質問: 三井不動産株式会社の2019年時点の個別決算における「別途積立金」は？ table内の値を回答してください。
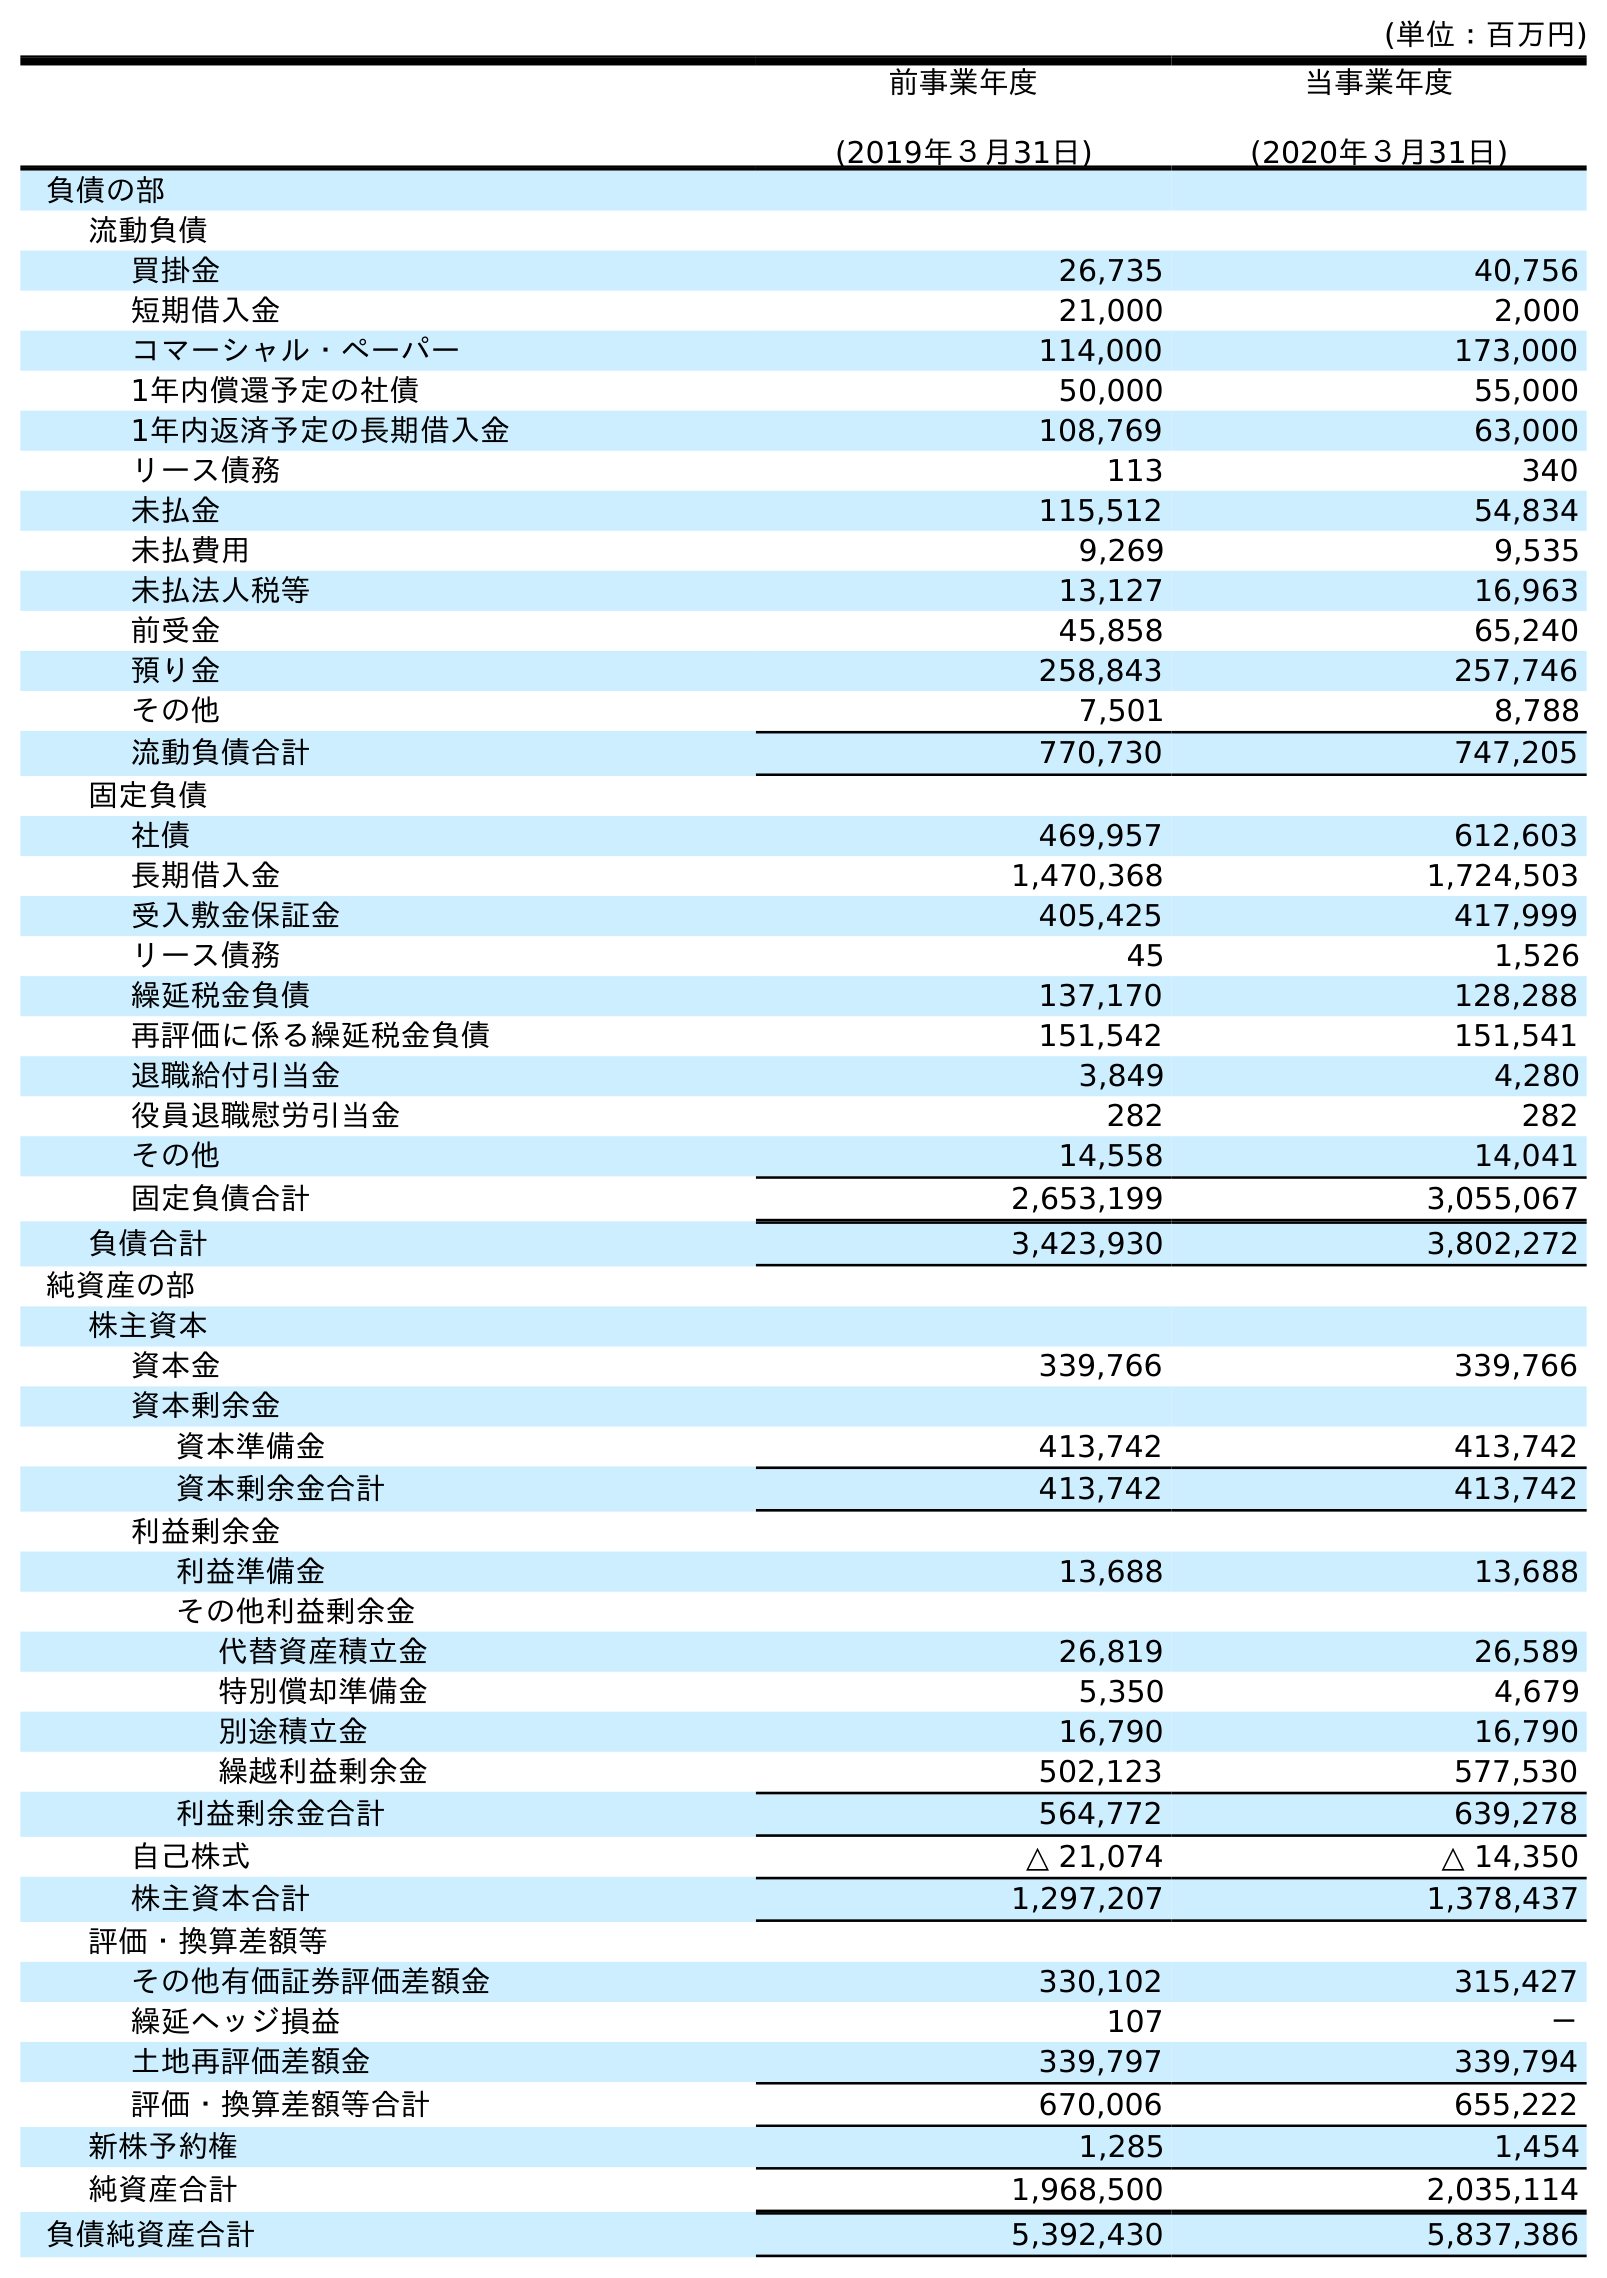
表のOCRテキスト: (単位：百万円) 前事業年度 (2019年３月31日) 当事業年度 (2020年３月31日) 負債の部 流動負債 買掛金 26,735 40,756 短期借入金 21,000 2,000 コマーシャル・ペーパー 114,000 173,000 1年内償還予定の社債 50,000 55,000 1年内返済予定の長期借入金 108,769 63,000 リース債務 113 340 未払金 115,512 54,834 未払費用 9,269 9,535 未払法人税等 13,127 16,963 前受金 45,858 65,240 預り金 258,843 257,746 その他 7,501 8,788 流動負債合計 770,730 747,205 固定負債 社債 469,957 612,603 長期借入金 1,470,368 1,724,503 受入敷金保証金 405,425 417,999 リース債務 45 1,526 繰延税金負債 137,170 128,288 再評価に係る繰延税金負債 151,542 151,541 退職給付引当金 3,849 4,280 役員退職慰労引当金 282 282 その他 14,558 14,041 固定負債合計 2,653,199 3,055,067 負債合計 3,423,930 3,802,272 純資産の部 株主資本 資本金 339,766 339,766 資本剰余金 資本準備金 413,742 413,742 資本剰余金合計 413,742 413,742 利益剰余金 利益準備金 13,688 13,688 その他利益剰余金 代替資産積立金 26,819 26,589 特別償却準備金 5,350 4,679 別途積立金 16,790 16,790 繰越利益剰余金 502,123 577,530 利益剰余金合計 564,772 639,278 自己株式 △ 21,074 △ 14,350 株主資本合計 1,297,207 1,378,437 評価・換算差額等 その他有価証券評価差額金 330,102 315,427 繰延ヘッジ損益 107 － 土地再評価差額金 339,797 339,794 評価・換算差額等合計 670,006 655,222 新株予約権 1,285 1,454 純資産合計 1,968,500 2,035,114 負債純資産合計 5,392,430 5,837,386
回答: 16,790